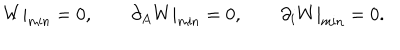
W | _ { \mathrm { m i n } } = 0 , \qquad \partial _ { A } W | _ { \mathrm { m i n } } = 0 , \qquad \partial _ { i } W | _ { \mathrm { m i n } } = 0 .